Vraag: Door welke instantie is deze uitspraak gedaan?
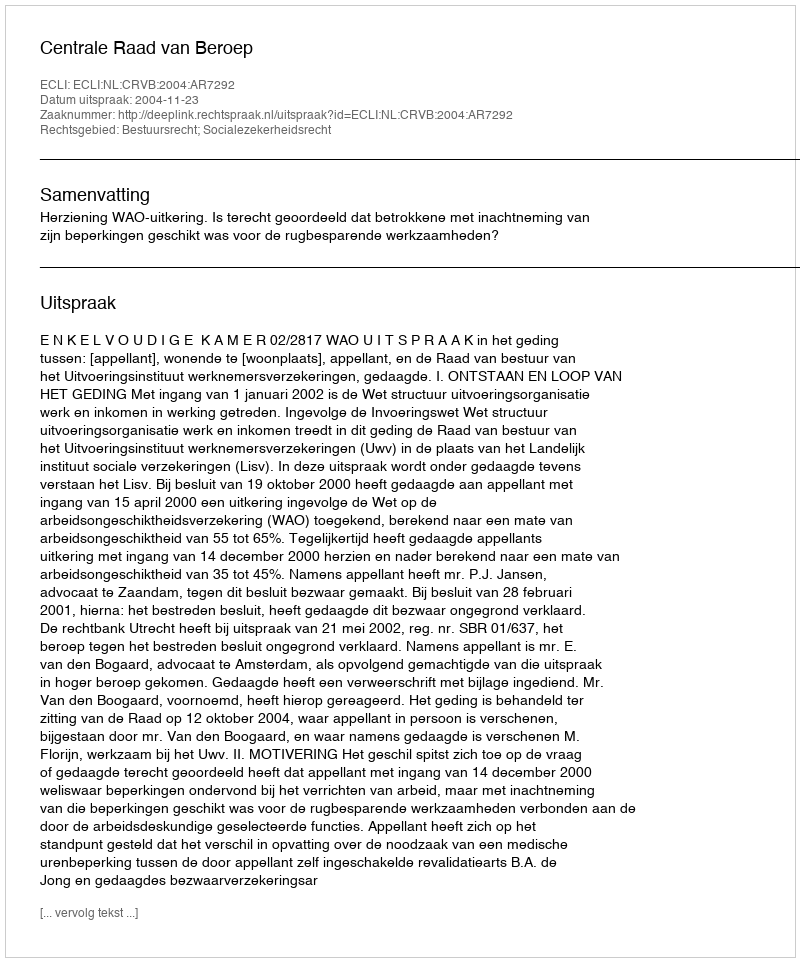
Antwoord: Centrale Raad van Beroep